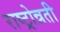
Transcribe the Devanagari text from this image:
राष्ट्रोन्नती